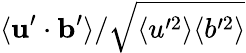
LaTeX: \langle\mathbf{u}^{\prime}\cdot\mathbf{b}^{\prime}\rangle/\sqrt{\langle u^{\prime 2}\rangle\langle b^{\prime 2}\rangle}